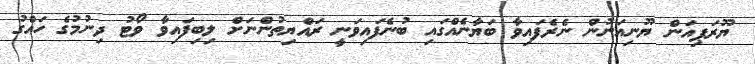
ޔޫރަޕިއަން ޔޫނިއަނުން ނެރެފައިވާ ބަޔާނެއްގައި ބުނެފައިވަނީ ރައްޔިތުންނަށް ލިބިފައިވާ ވޯޓު ދިނުމުގެ ހައްގު